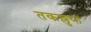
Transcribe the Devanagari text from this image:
तकल्लुफ